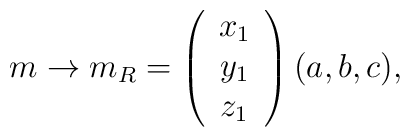
m \rightarrow m_R = \left( \begin{array}{c}   x_1 \\ y_1 \\ z_1 \end{array} \right) (a, b, c),